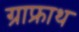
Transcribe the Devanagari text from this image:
ग्राफ्राथ